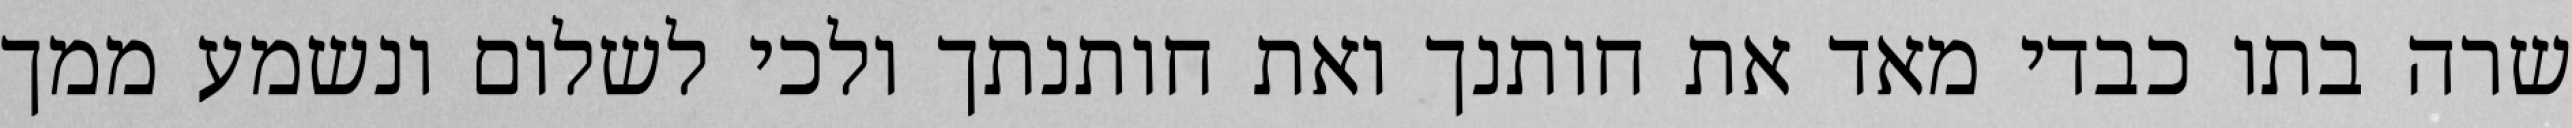
שרה בתו כבדי מאד את חותנך ואת חותנתך ולכי לשלום ונשמע ממך